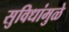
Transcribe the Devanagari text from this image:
सुविधांमुळे